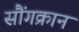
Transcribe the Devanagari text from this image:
सौंगक्रान